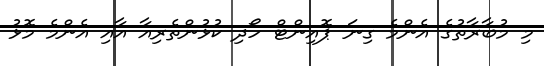
މި މުބާރާތުގެ އެންމެ ގިނަ ޕޮއިންޓް ހޯދި ކުޅުންތެރިއާ އާއި އެންމެ މޮޅު